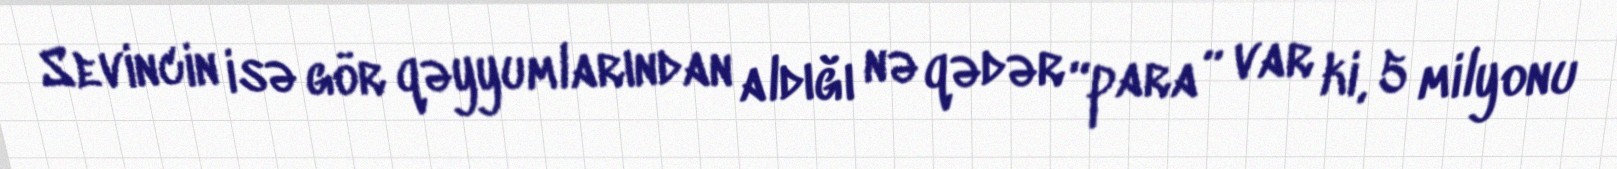
Sevincin isə gör qəyyumlarından aldığı nə qədər “para” var ki, 5 milyonu